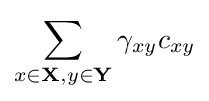
\sum _{x\in \mathbf {X} ,y\in \mathbf {Y} }\gamma _{xy}c_{xy}